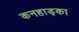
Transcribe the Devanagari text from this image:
कनहाड़का